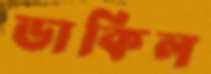
ডাকিল